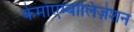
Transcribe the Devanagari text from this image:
केमोएम्बोलिज़ेशन